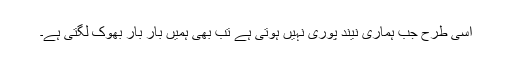
اسی طرح جب ہماری نیند پوری نہیں ہوتی ہے تب بھی ہمیں بار بار بھوک لگتی ہے۔